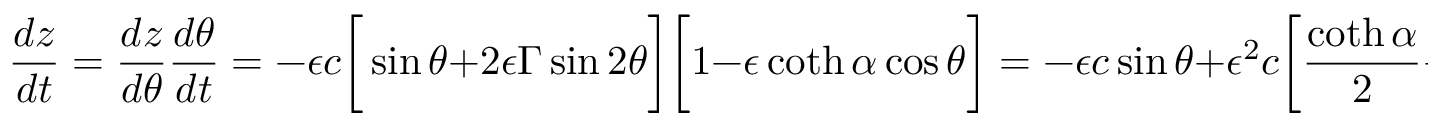
\frac { d z } { d t } = \frac { d z } { d \theta } \frac { d \theta } { d t } = - \epsilon c \bigg [ \sin \theta + 2 \epsilon \Gamma \sin 2 \theta \bigg ] \bigg [ 1 - \epsilon \coth \alpha \cos \theta \bigg ] = - \epsilon c \sin \theta + \epsilon ^ { 2 } c \bigg [ \frac { \coth \alpha } { 2 } - 2 \Gamma \bigg ] \sin 2 \theta .